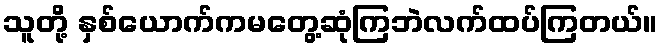
သူတို့ နှစ်ယောက်ကမတွေ့ဆုံကြဘဲလက်ထပ်ကြတယ်။